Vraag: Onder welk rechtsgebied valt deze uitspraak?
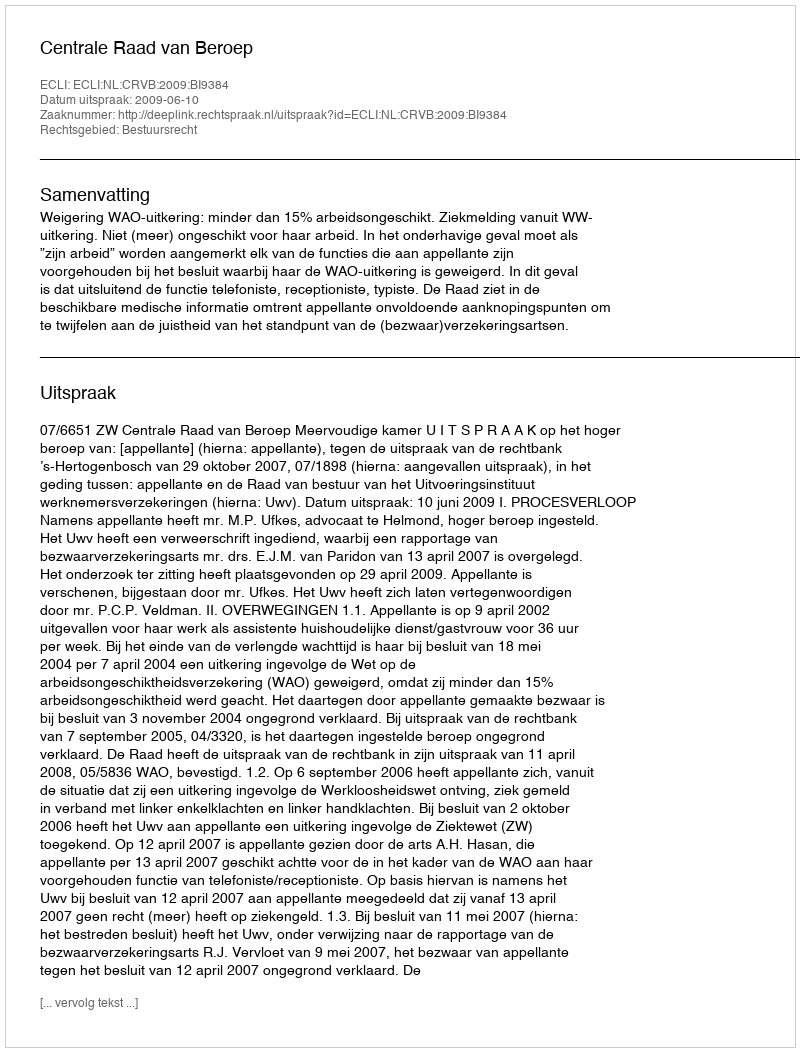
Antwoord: Bestuursrecht